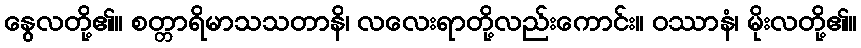
နွေလတို့၏။ စတ္တာရိမာသသတာနိ၊ လလေးရာတို့လည်းကောင်း။ ဝဿာနံ၊ မိုးလတို့၏။